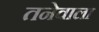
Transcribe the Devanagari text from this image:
तनेवाला